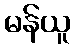
မန်ယူ